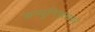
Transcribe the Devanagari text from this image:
कम्युनिझमवर